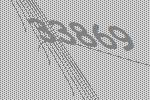
33869